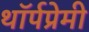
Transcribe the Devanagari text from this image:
थॉर्पप्रेमी